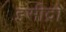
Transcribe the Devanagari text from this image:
इसीद्रो